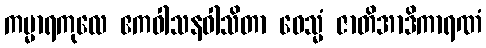
ကမ္မာရကုလေ ဧကဝါသနဝါသိတာ ဝေသ္မံ ဇာတိအာဒိကာရဏံ